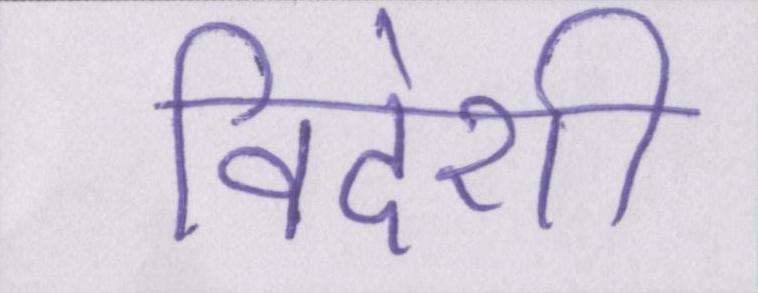
विदेशी